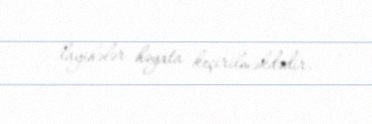
layihələr həyata keçirilməkdədir.